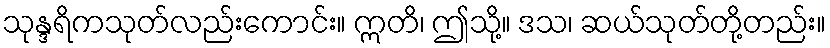
သုန္ဒရိကသုတ်လည်းကောင်း။ ဣတိ၊ ဤသို့။ ဒသ၊ ဆယ်သုတ်တို့တည်း။